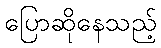
ပြောဆိုနေသည့်